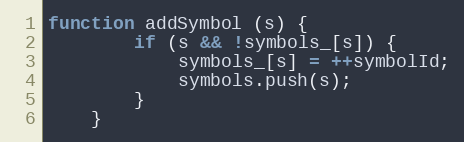
Language: JavaScript
function addSymbol (s) {
        if (s && !symbols_[s]) {
            symbols_[s] = ++symbolId;
            symbols.push(s);
        }
    }